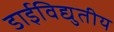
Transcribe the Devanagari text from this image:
डाईविद्युतीय